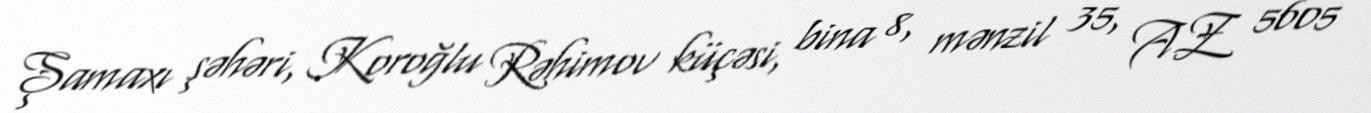
Şamaxı şəhəri, Koroğlu Rəhimov küçəsi, bina 8, mənzil 35, AZ 5605